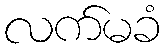
လက်မခံ